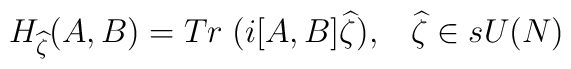
H_{\widehat{\zeta}} (A,B) = Tr \; (i [A,B] \widehat{\zeta}),\;\;\; \widehat{\zeta} \in sU(N) \\